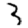
Digit: 3